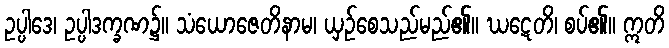
ဥပ္ပါဒေ၊ ဥပ္ပါဒက္ခဏ၌။ သံယောဇေတိနာမ၊ ယှဉ်စေသည်မည်၏။ ဃဋေတိ၊ စပ်၏။ ဣတိ